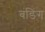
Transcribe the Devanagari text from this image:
बंडिंग